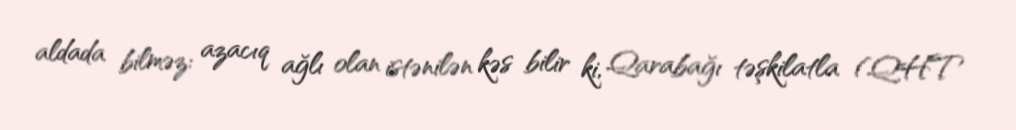
aldada bilməz: azacıq ağlı olan istənilən kəs bilir ki, Qarabağı təşkilatla (QHT